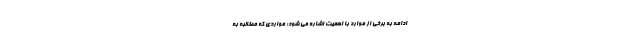
ادامه به برخی از موارد با اهمیت اشاره می شود؛ مواردی که مطالبه به